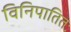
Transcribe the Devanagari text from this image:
विनिपातितः